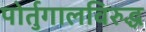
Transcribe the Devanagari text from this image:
पोर्तुगालविरुद्ध